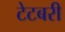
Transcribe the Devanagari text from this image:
टेटबरी